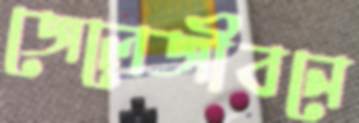
জেলেজীবনে